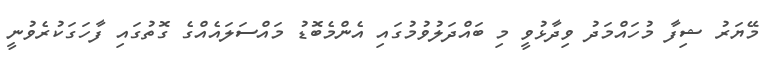
މޭޔަރު ޝިފާ މުހައްމަދު ވިދާޅުވީ މި ބައްދަލުވުމުގައި އެންމެބޮޑު މައްސަލައެއްގެ ގޮތުގައި ފާހަގަކުރެވުނީ